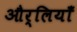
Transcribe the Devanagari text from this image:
और्लियाँ